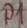
Text: P1